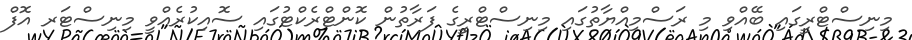
މިނިސްޓްރީގައި ބޭއްވި މި ރަސްމިއްޔާތުގައި މިނިސްޓްރީގެ ފަރާތުން ކޮންޓްރެކްޓުގައި ސޮއިކުރެއްވީ މިނިސްޓަރ އޮފް